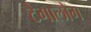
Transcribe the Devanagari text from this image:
टैगालोग